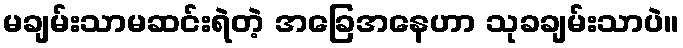
မချမ်းသာမဆင်းရဲတဲ့ အခြေအနေဟာ သုခချမ်းသာပဲ။